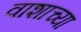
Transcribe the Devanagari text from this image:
वाशाच्या